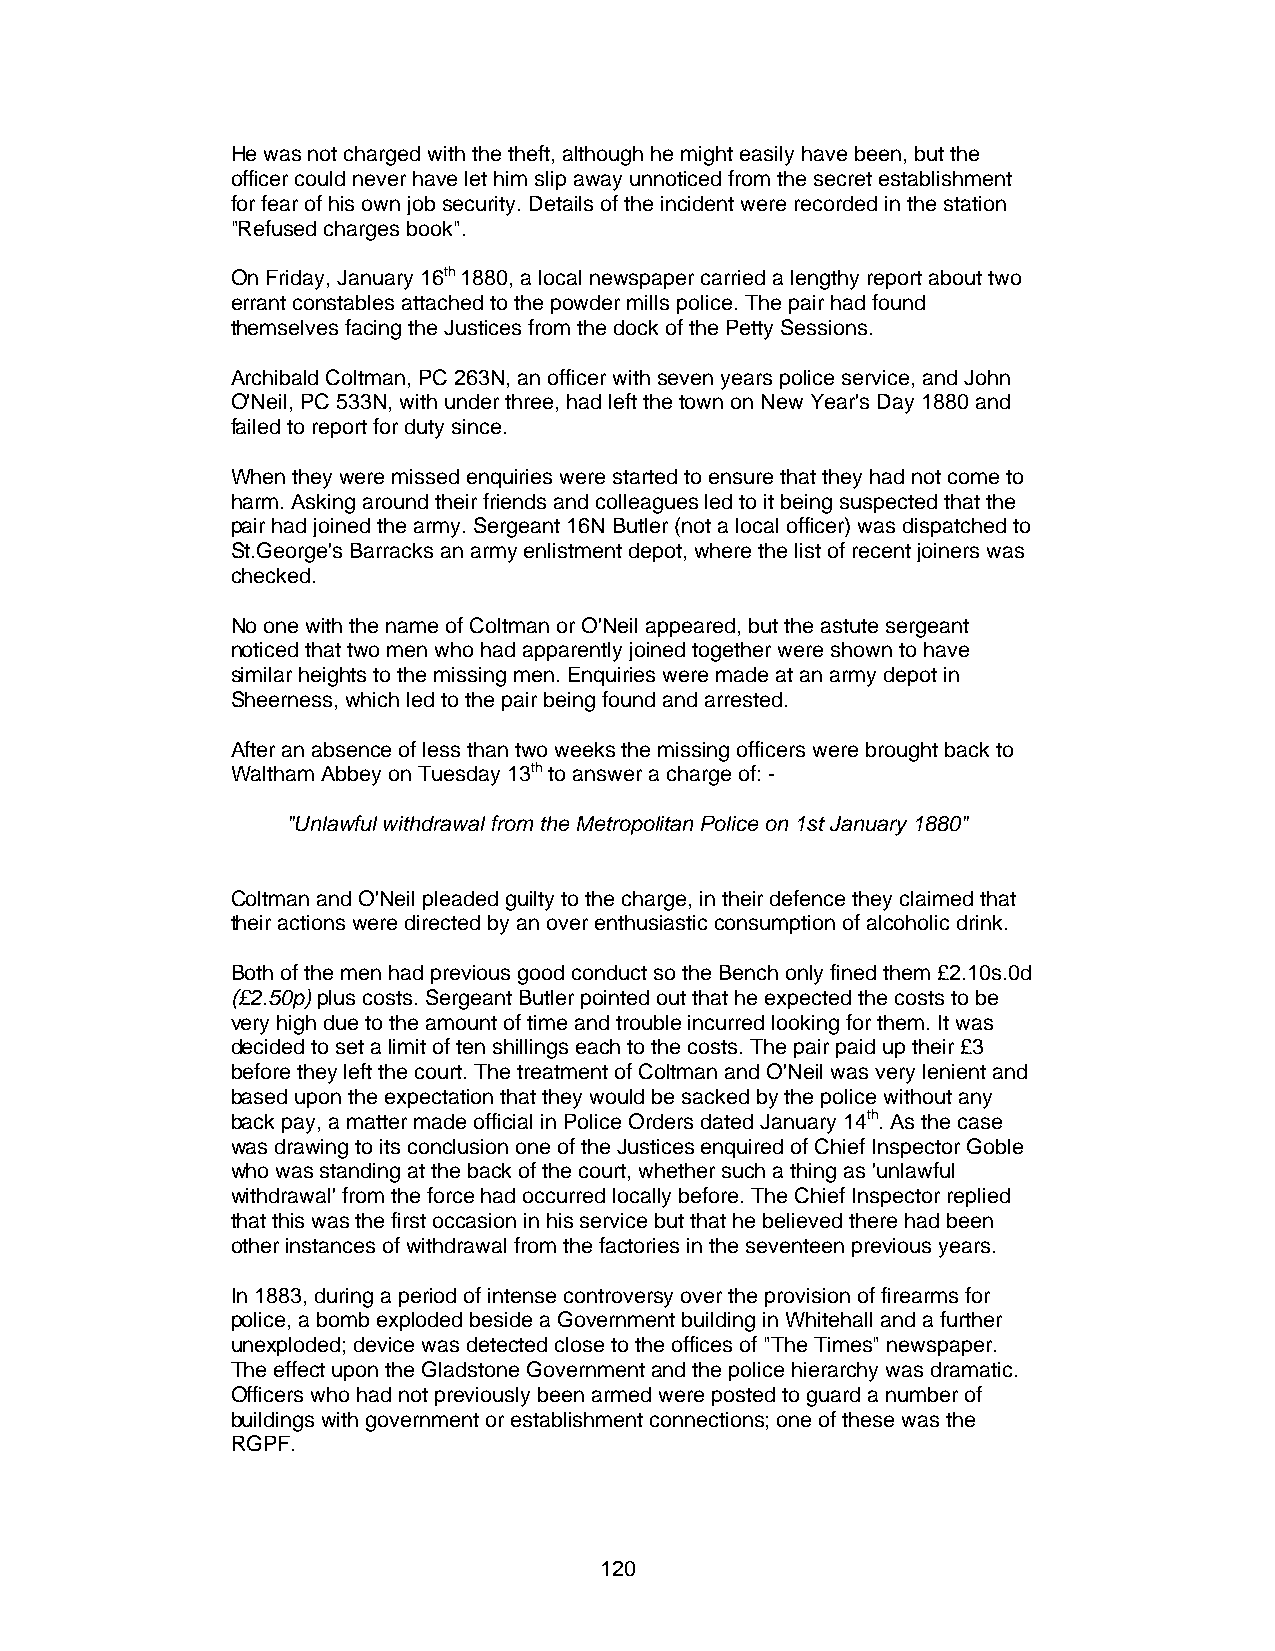
He was not charged with the theft, although he might easily have been, but the
 officer could never have let him slip away unnoticed from the secret establishment
 for fear of his own job security. Details of the incident were recorded in the station
 "Refused charges book".
 On Friday, January 16th 1880, a local newspaper carried a lengthy report about two
 errant constables attached to the powder mills police. The pair had found
 themselves facing the Justices from the dock of the Petty Sessions.
 Archibald Coltman, PC 263N, an officer with seven years police service, and John
 O'Neil, PC 533N, with under three, had left the town on New Year's Day 1880 and
 failed to report for duty since.
 When they were missed enquiries were started to ensure that they had not come to
 harm. Asking around their friends and colleagues led to it being suspected that the
 pair had joined the army. Sergeant 16N Butler (not a local officer) was dispatched to
 St.George's Barracks an army enlistment depot, where the list of recent joiners was
 checked.
 No one with the name of Coltman or O'Neil appeared, but the astute sergeant
 noticed that two men who had apparently joined together were shown to have
 similar heights to the missing men. Enquiries were made at an army depot in
 Sheerness, which led to the pair being found and arrested.
 After an absence of less than two weeks the missing officers were brought back to
 Waltham Abbey on Tuesday 13th to answer a charge of: -
 "Unlawful withdrawal from the Metropolitan Police on 1st January 1880"
 Coltman and O'Neil pleaded guilty to the charge, in their defence they claimed that
 their actions were directed by an over enthusiastic consumption of alcoholic drink.
 Both of the men had previous good conduct so the Bench only fined them £2.10s.0d
 (£2.50p) plus costs. Sergeant Butler pointed out that he expected the costs to be
 very high due to the amount of time and trouble incurred looking for them. It was
 decided to set a limit of ten shillings each to the costs. The pair paid up their £3
 before they left the court. The treatment of Coltman and O'Neil was very lenient and
 based upon the expectation that they would be sacked by the police without any
 back pay, a matter made official in Police Orders dated January 14th. As the case
 was drawing to its conclusion one of the Justices enquired of Chief Inspector Goble
 who was standing at the back of the court, whether such a thing as 'unlawful
 withdrawal' from the force had occurred locally before. The Chief Inspector replied
 that this was the first occasion in his service but that he believed there had been
 other instances of withdrawal from the factories in the seventeen previous years.
 In 1883, during a period of intense controversy over the provision of firearms for
 police, a bomb exploded beside a Government building in Whitehall and a further
 unexploded; device was detected close to the offices of "The Times" newspaper.
 The effect upon the Gladstone Government and the police hierarchy was dramatic.
 Officers who had not previously been armed were posted to guard a number of
 buildings with government or establishment connections; one of these was the
 RGPF.
 120